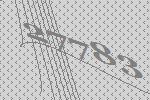
27783